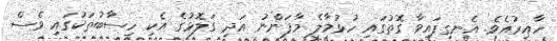
ހާއިރުއެވެ. އެނގިފައިވާ ގޮތުގައި ހުޅުމާލެ މާފަންނު އަދި ގަލޮޅުގެ އެކި ހިސާބުތަކުގައި ވެސް